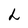
Character: h